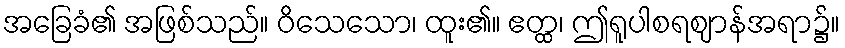
အခြေခံ၏ အဖြစ်သည်။ ဝိသေသော၊ ထူး၏။ ဧတ္ထ၊ ဤရူပါစရဈာန်အရာ၌။